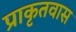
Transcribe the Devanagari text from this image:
प्राकृतवास